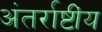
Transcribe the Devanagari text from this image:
अंतर्राष्टींय